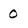
Character: 0